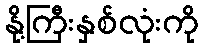
နို့ကြီးနှစ်လုံးကို